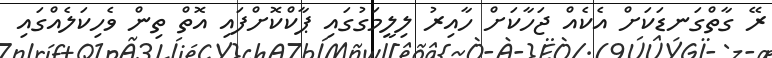
ރޭ ގާތްގަނޑަކަށް އެކެއް ޖަހާކަށް ހާއިރު ލިލީމަގުގައި ޕާކްކޮށްފައި އޮތް ތިން ވެހިކަލެއްގައި